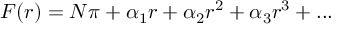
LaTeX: F ( r ) = N \pi + \alpha _ { 1 } r + \alpha _ { 2 } r ^ { 2 } + \alpha _ { 3 } r ^ { 3 } + . . .